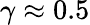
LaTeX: \gamma\approx 0.5